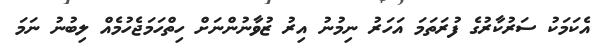
އެކަމަކު ސަރުކާރުގެ ފުރަތަމަ އަހަރު ނިމުނު އިރު ޒުވާނުންނަށް ހިތްހަމަޖެހުމެއް ލިބުނު ނަމަ